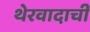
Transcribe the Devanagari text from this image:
थेरवादाची